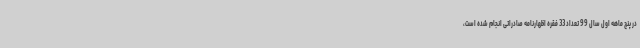
در پنج ماهه اول سال 99 تعداد 33 فقره اظهارنامه صادراتی انجام شده است،